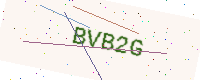
Text: BVB2G